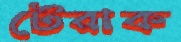
টেরাক